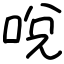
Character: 哾